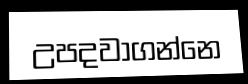
උපදවාගන්නෙ